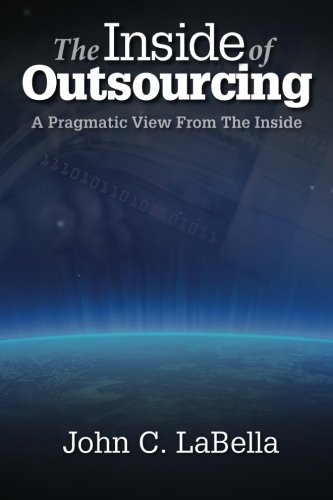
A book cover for The Inside of Outsourcing: A Pragmatic View From The Inside; John C LaBella; Business & Money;